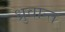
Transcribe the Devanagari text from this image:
ध्रुवान्त